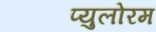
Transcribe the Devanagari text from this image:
प्युलोरम